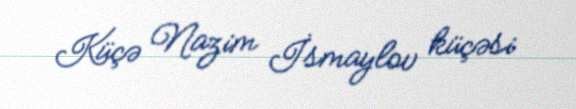
Küçə Nazim İsmaylov küçəsi